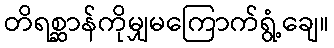
တိရစ္ဆာန်ကိုမျှမကြောက်ရွံ့ချေ။